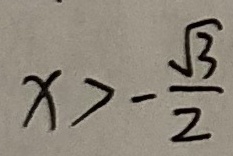
x > - \frac { \sqrt { 3 } } { 2 }